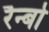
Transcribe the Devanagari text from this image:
रैन्बो